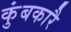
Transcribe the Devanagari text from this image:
कुंबकारै